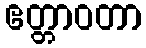
ဧတ္တာဝတာ